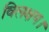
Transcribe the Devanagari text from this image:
विलक्षण।